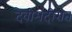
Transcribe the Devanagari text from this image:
देवीमंदीरात